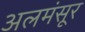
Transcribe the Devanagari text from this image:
अलमंसूर